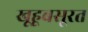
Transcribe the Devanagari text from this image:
खूहूबसूरत